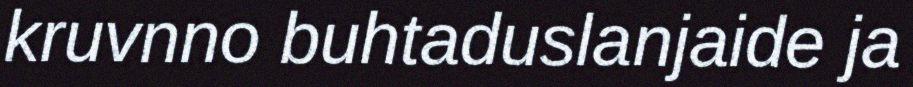
kruvnno buhtaduslanjaide ja